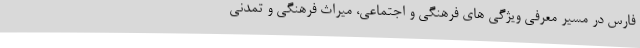
فارس در مسیر معرفی ویژگی های فرهنگی و اجتماعی، میراث فرهنگی و تمدنی